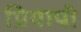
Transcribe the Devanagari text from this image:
प्रियापी